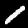
Digit: 1